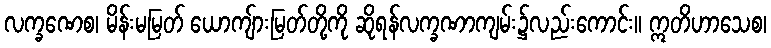
လက္ခဏေစ၊ မိန်းမမြတ် ယောကျ်ားမြတ်တို့ကို ဆိုရန်လက္ခဏာကျမ်း၌လည်းကောင်း။ ဣတိဟာသေစ၊